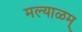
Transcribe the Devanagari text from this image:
मल्याळम्